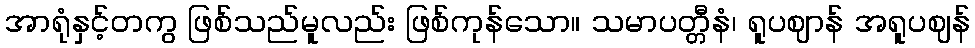
အာရုံနှင့်တကွ ဖြစ်သည်မူလည်း ဖြစ်ကုန်သော။ သမာပတ္တီနံ၊ ရူပဈာန် အရူပဈန်